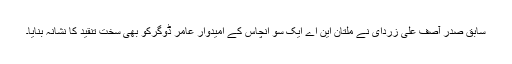
سابق صدر آصف علی زردای نے ملتان این اے ایک سو انچاس کے امیدوار عامر ڈوگرکو بھی سخت تنقید کا نشانہ بنایاْ۔